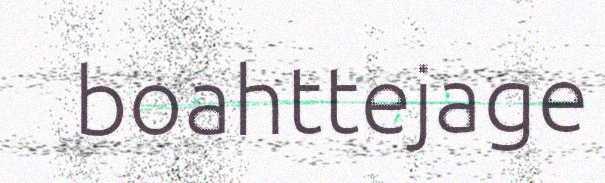
boahttejage